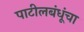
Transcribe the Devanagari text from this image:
पाटीलबंधूंचा